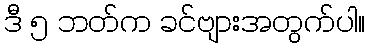
ဒီ ၅ ဘတ်က ခင်ဗျားအတွက်ပါ။